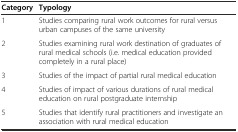
<table><thead><tr><td><b>Category</b></td><td><b>Typology</b></td></tr></thead><tbody><tr><td>1</td><td>Studies comparing rural work outcomes for rural versus urban campuses of the same university</td></tr><tr><td>2</td><td>Studies examining rural work destination of graduates of rural medical schools (i.e. medical education provided completely in a rural place)</td></tr><tr><td>3</td><td>Studies of the impact of partial rural medical education</td></tr><tr><td>4</td><td>Studies of impact of various durations of rural medical education on rural postgraduate internship</td></tr><tr><td>5</td><td>Studies that identify rural practitioners and investigate an association with rural medical education</td></tr></tbody></table>